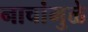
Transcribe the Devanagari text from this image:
नाचांमुळे